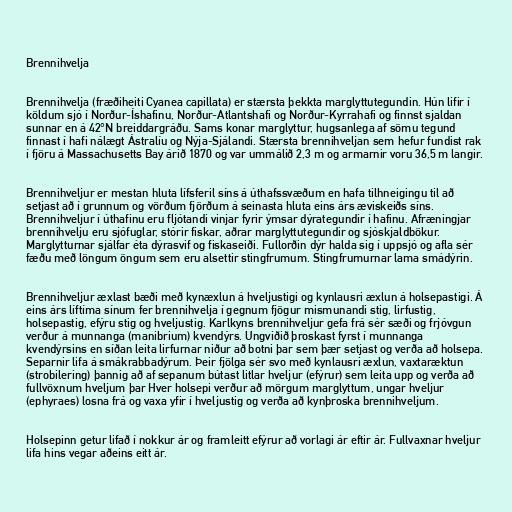
Brennihvelja

Brennihvelja (fræðiheiti Cyanea capillata) er stærsta þekkta marglyttutegundin. Hún lifir í
köldum sjó í Norður-Íshafinu, Norður-Atlantshafi og Norður-Kyrrahafi og finnst sjaldan
sunnar en á 42°N breiddargráðu. Sams konar marglyttur, hugsanlega af sömu tegund
finnast í hafi nálægt Ástralíu og Nýja-Sjálandi. Stærsta brennihveljan sem hefur fundist rak
í fjöru á Massachusetts Bay árið 1870 og var ummálið 2,3 m og armarnir voru 36,5 m langir.

Brennihveljur er mestan hluta lífsferil síns á úthafssvæðum en hafa tilhneigingu til að
setjast að í grunnum og vörðum fjörðum á seinasta hluta eins árs æviskeiðs síns.
Brennihveljur í úthafinu eru fljótandi vinjar fyrir ýmsar dýrategundir í hafinu. Afræningjar
brennihvelju eru sjófuglar, stórir fiskar, aðrar marglyttutegundir og sjóskjaldbökur.
Marglytturnar sjálfar éta dýrasvif og fiskaseiði. Fullorðin dýr halda sig í uppsjó og afla sér
fæðu með löngum öngum sem eru alsettir stingfrumum. Stingfrumurnar lama smádýrin.

Brennihveljur æxlast bæði með kynæxlun á hveljustigi og kynlausri æxlun á holsepastigi. Á
eins árs líftíma sínum fer brennihvelja í gegnum fjögur mismunandi stig, lirfustig,
holsepastig, efýru stig og hveljustig. Karlkyns brennihveljur gefa frá sér sæði og frjóvgun
verður á munnanga (manibrium) kvendýrs. Ungviðið þroskast fyrst í munnanga
kvendýrsins en síðan leita lirfurnar niður að botni þar sem þær setjast og verða að holsepa.
Separnir lifa á smákrabbadýrum. Þeir fjölga sér svo með kynlausri æxlun, vaxtaræktun
(strobilering) þannig að af sepanum bútast litlar hveljur (efýrur) sem leita upp og verða að
fullvöxnum hveljum þar Hver holsepi verður að mörgum marglyttum, ungar hveljur
(ephyraes) losna frá og vaxa yfir í hveljustig og verða að kynþroska brennihveljum.

Holsepinn getur lifað í nokkur ár og framleitt efýrur að vorlagi ár eftir ár. Fullvaxnar hveljur
lifa hins vegar aðeins eitt ár.